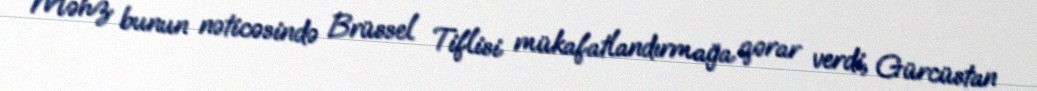
Məhz bunun nəticəsində Brüssel Tiflisi mükafatlandırmağa qərar verdi, Gürcüstan